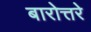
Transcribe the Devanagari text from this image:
बारोत्तरे